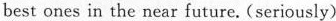
best ones in the near future. (seriously)